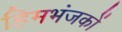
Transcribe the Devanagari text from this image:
हिमभंजकों